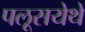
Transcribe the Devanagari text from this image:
पलूसयेथे